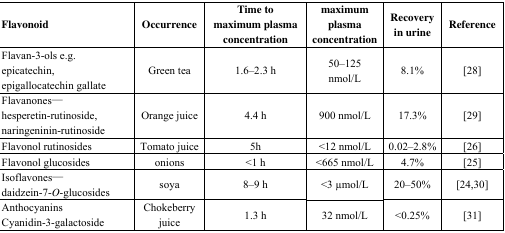
<table><thead><tr><td><b>Flavonoid</b></td><td><b>Occurrence</b></td><td><b>Time to maximum plasma concentration</b></td><td><b>maximum plasma concentration</b></td><td><b>Recovery in urine</b></td><td><b>Reference</b></td></tr></thead><tbody><tr><td>Flavan-3-ols e.g. epicatechin, epigallocatechin gallate</td><td>Green tea</td><td>1.6–2.3 h</td><td>50–125 nmol/L</td><td>8.1%</td><td>[28]</td></tr><tr><td>Flavanones— hesperetin-rutinoside, naringeninin-rutinoside</td><td>Orange juice</td><td>4.4 h</td><td>900 nmol/L</td><td>17.3%</td><td>[29]</td></tr><tr><td>Flavonol rutinosides</td><td>Tomato juice</td><td>5h</td><td>&lt;12 nmol/L</td><td>0.02–2.8%</td><td>[26]</td></tr><tr><td>Flavonol glucosides</td><td>onions</td><td>&lt;1 h</td><td>&lt;665 nmol/L</td><td>4.7%</td><td>[25]</td></tr><tr><td>Isoflavones— daidzein-7-<i>O</i>-glucosides</td><td>soya</td><td>8–9 h</td><td>&lt;3 μmol/L</td><td>20–50%</td><td>[24,30]</td></tr><tr><td>Anthocyanins Cyanidin-3-galactoside</td><td>Chokeberry juice</td><td>1.3 h</td><td>32 nmol/L</td><td>&lt;0.25%</td><td>[31]</td></tr></tbody></table>